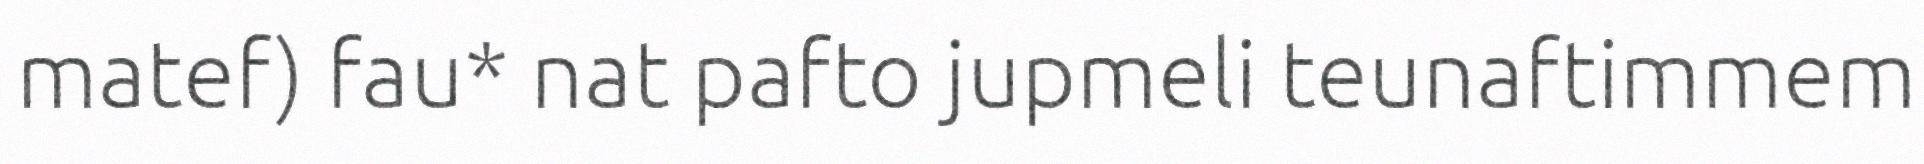
matef) fau* nat pafto jupmeli teunaftimmem